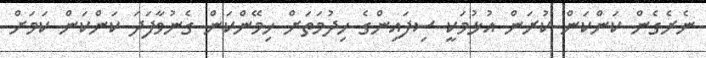
ނެރެގެން ކަންކަން ކުރަން އުޅުމަކީ ސިފައިންގެ ހިދުމަތަށް ހިމޭންކަން ގެނުވާފަދަ ކަންކަން ކަމަށް